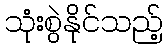
သုံးစွဲနိုင်သည့်